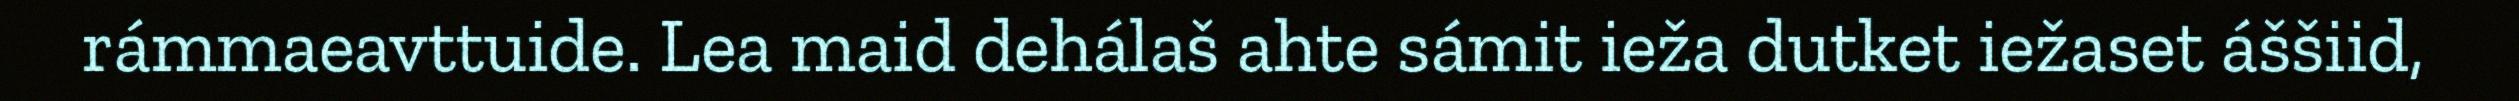
rámmaeavttuide. Lea maid dehálaš ahte sámit ieža dutket iežaset áššiid,